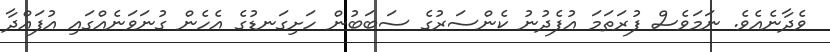
ވެދާނެއެވެ. ނަމަވެސް ފުރަތަމަ އުފެދުނު ކެންސަރުގެ ސަބަބުން ހަށިގަނޑުގެ އެހެން ގުނަވަނެއްގައި އުފައްދާ